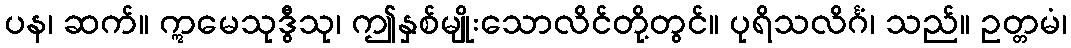
ပန၊ ဆက်။ ဣမေသုဒွီသု၊ ဤနှစ်မျိုးသောလိင်တို့တွင်။ ပုရိသလိင်္ဂံ၊ သည်။ ဥတ္တမံ၊